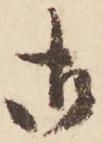
御